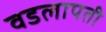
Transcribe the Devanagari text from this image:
वडलापती